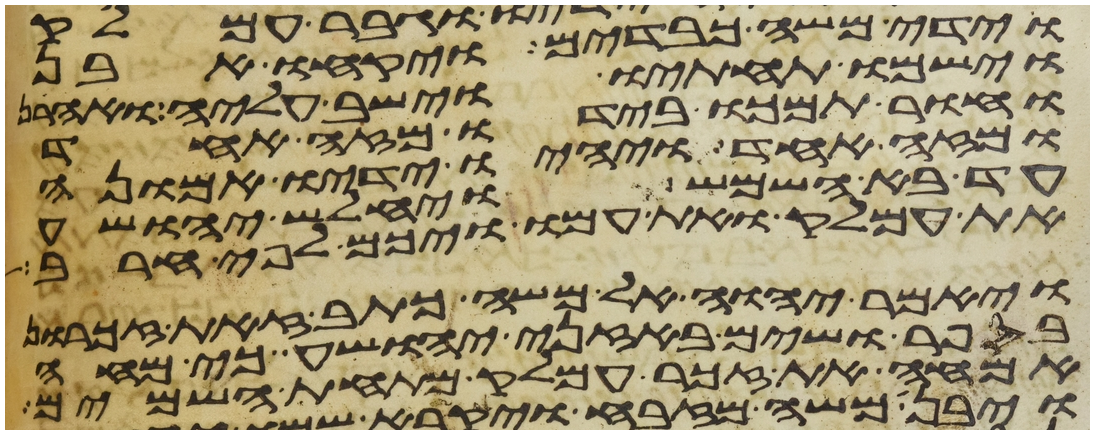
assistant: וידי משה כבדים ויקחו אבן
וישמו תחתיו וישב עליה ואהרן
וחור תמכו בידיו מזה אחד
ומזה אחד ויהיו ידיו אמונה
עד בא השמש ויחלש יהושע
את עמלק ואת עמו ויכם לפי חרב
ויאמר יהוה אל משה כתב זאת זכרון
בספר ושים באזני יהושע כי מחה
אמחה את זכר עמלק מתחת השמים